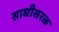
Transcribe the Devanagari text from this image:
साधीसरळ